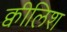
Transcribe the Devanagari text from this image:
क्वीलिश